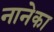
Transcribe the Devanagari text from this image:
नानेका